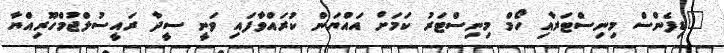
"ޑިފެންސް މިނިސްޓަރާއި ހޯމް މިނިސްޓަރު ކަމަށް އައްޔަން ކުރައްވާފައި ވަނީ ސީދާ ރައީސުލްޖުމްހޫރިއްޔާ